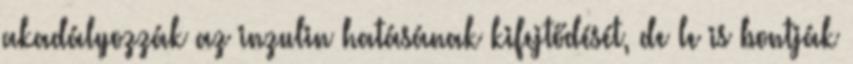
akadályozzák az inzulin hatásának kifejtődését, de le is bontják